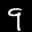
Label: 9